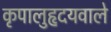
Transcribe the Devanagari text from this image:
कृपालुहृदयवाले